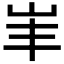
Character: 𡵞